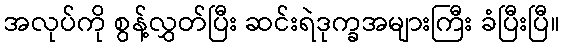
အလုပ်ကို စွန့်လွှတ်ပြီး ဆင်းရဲဒုက္ခအများကြီး ခံပြီးပြီ။